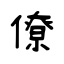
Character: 僚